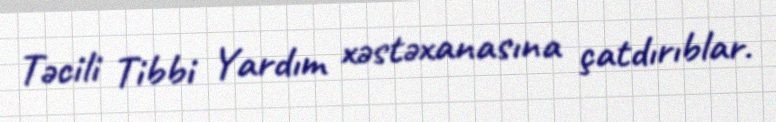
Təcili Tibbi Yardım xəstəxanasına çatdırıblar.